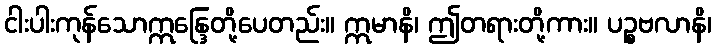
ငါးပါးကုန်သောဣန္ဒြေတို့ပေတည်း။ ဣမာနိ၊ ဤတရားတို့ကား။ ပဉ္စဗလာနိ၊